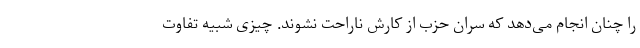
را چنان انجام می‌دهد که سران حزب از کارش ناراحت نشوند. چیزی شبیه تفاوت